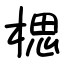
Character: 楒